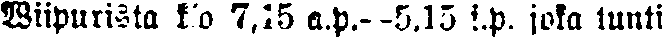
Wiipurista k:lo 7,15 a.p.--5,15 i.p. joka tunti